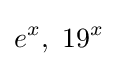
e^{x},\ 19^{x}